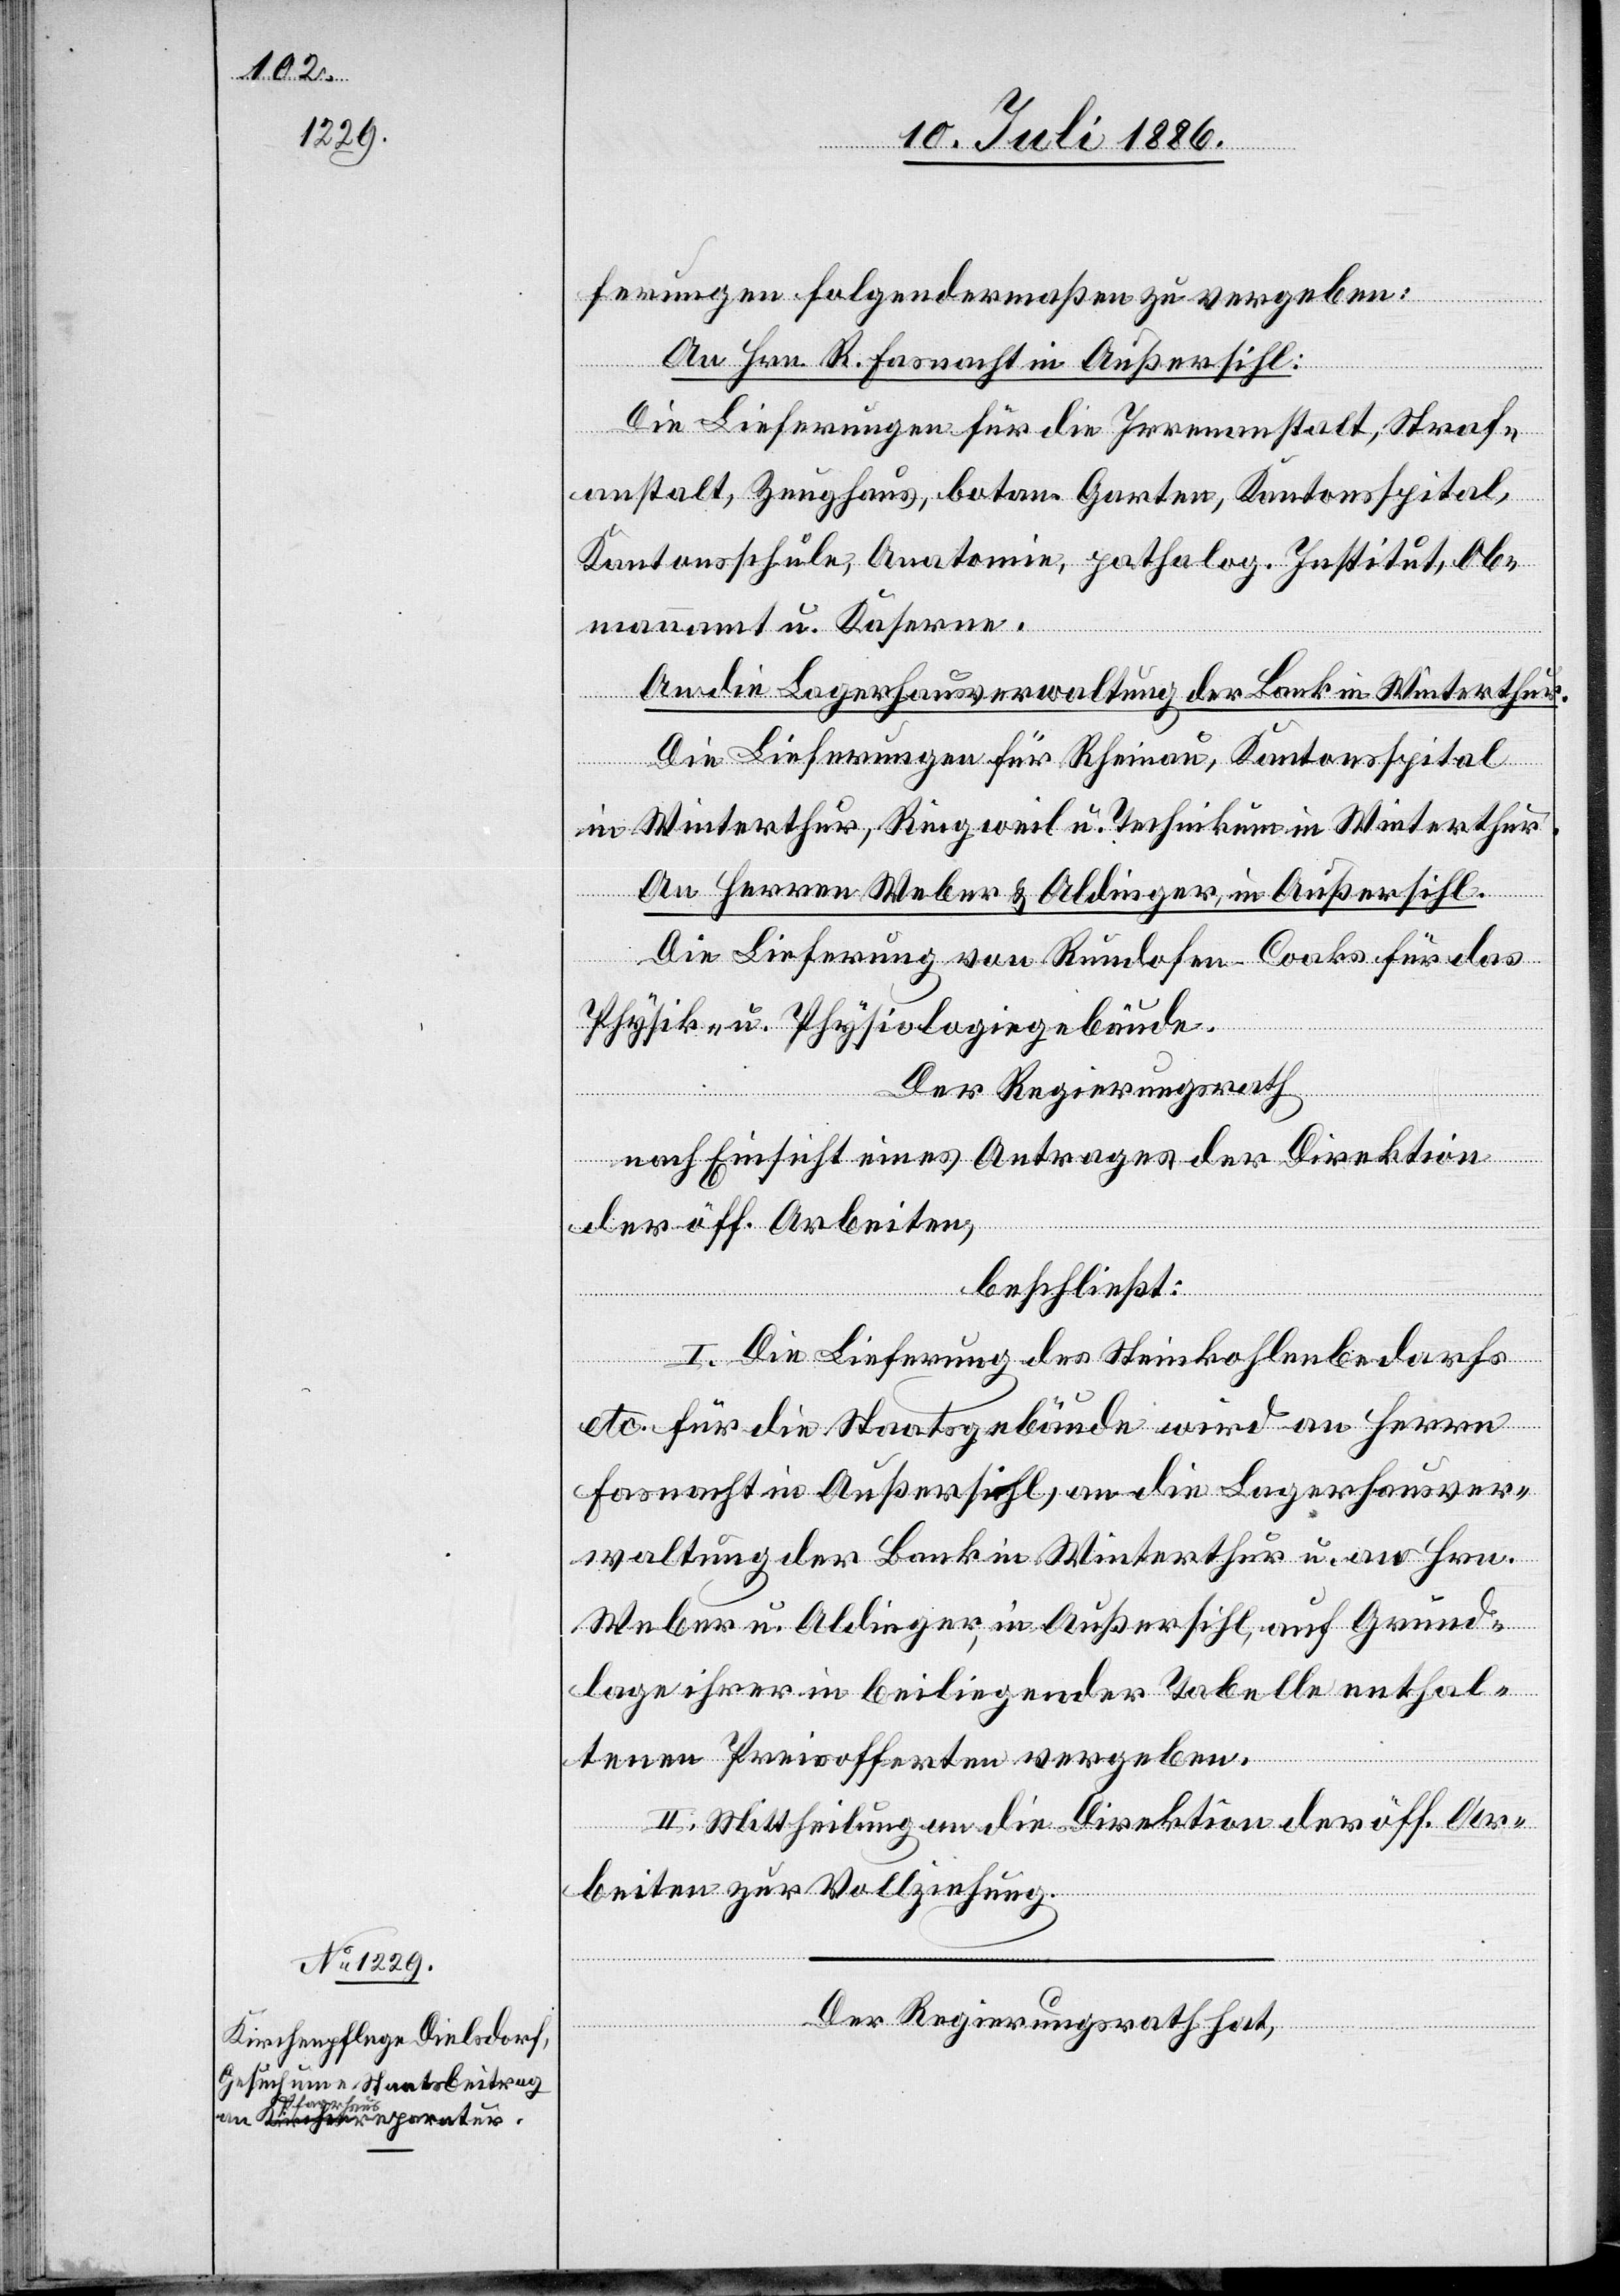
ferungen folgendermaßen zu vergeben:
An Hrn. R. Fasnacht in Außersihl:
Die Lieferungen für die Irrenanstalt, Straf¬
anstalt, Zeughaus, botan. Garten, Kantonsspital,
Kantonsschule, Anatomie, patholog. Institut, Ob¬
mannamt u. Kaserne.
An die Lagerhausverwaltung der Bank in Winterthur.
Die Lieferungen für Rheinau, Kantonsspital
in Winterthur, Ringweil u. Technikum in Winterthur.
An
[di¬
e] Herren Weber & Aldinger, in Außersihl.
Die Lieferung von Rundofen-Cooks für das
Physik- u. Physiologiegebäude.
Der Regierungsrath
nach Einsicht eines Antrages der Direktion
der öff. Arbeiten,
beschließt:
I. Die Lieferung des Steinkohlenbedarfs
etc. für die Staatsgebäude wird an Herrn
Fasnacht in Außersihl, an die Lagerhausver¬
waltung der Bank in Winterthur u. an Hrn.
Weber u. Aldinger, in Außersihl, auf Grund¬
lage ihrer in beiliegender Tabelle enthal¬
tenen Preisofferten vergeben.
II. Mittheilung an die Direktion der öff. Ar¬
beiten zur Vollziehung.
Der Regierungsrath hat,